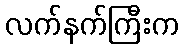
လက်နက်ကြီးက